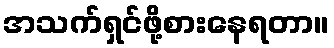
အသက်ရှင်ဖို့စားနေရတာ။